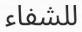
للشفاء